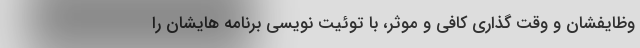
وظایفشان و وقت گذاری کافی و موثر، با توئیت نویسی برنامه هایشان را